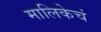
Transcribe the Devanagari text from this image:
मालिकेचं